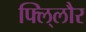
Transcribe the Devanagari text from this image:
फ्लि्लौर